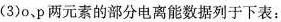
(3)o、p两元素的部分电离能数据列于下表：